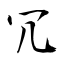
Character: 冗